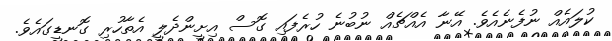
ކުލައެއް ނުފެނެއެވެ. އޭނާ އެއްޗެއް ނުބުނެ ހުރެފައި ގޮސް އިށީންދެލީ އެތާހުރި ގޮނޑީގައެވެ.